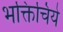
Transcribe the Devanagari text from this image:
भक्तिचिये